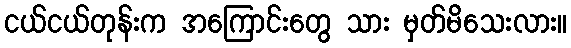
ငယ်ငယ်တုန်းက အကြောင်းတွေ သား မှတ်မိသေးလား။